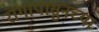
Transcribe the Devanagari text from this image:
रोगापासुनच्या